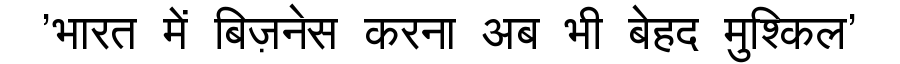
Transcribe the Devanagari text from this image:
'भारत में बिज़नेस करना अब भी बेहद मुश्किल'